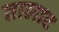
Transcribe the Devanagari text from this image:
तालाट